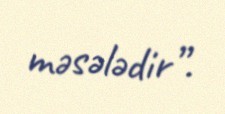
məsələdir”.